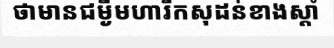
ថាមានជម្ងឺមហារីកសុដន់ខាងស្តាំ